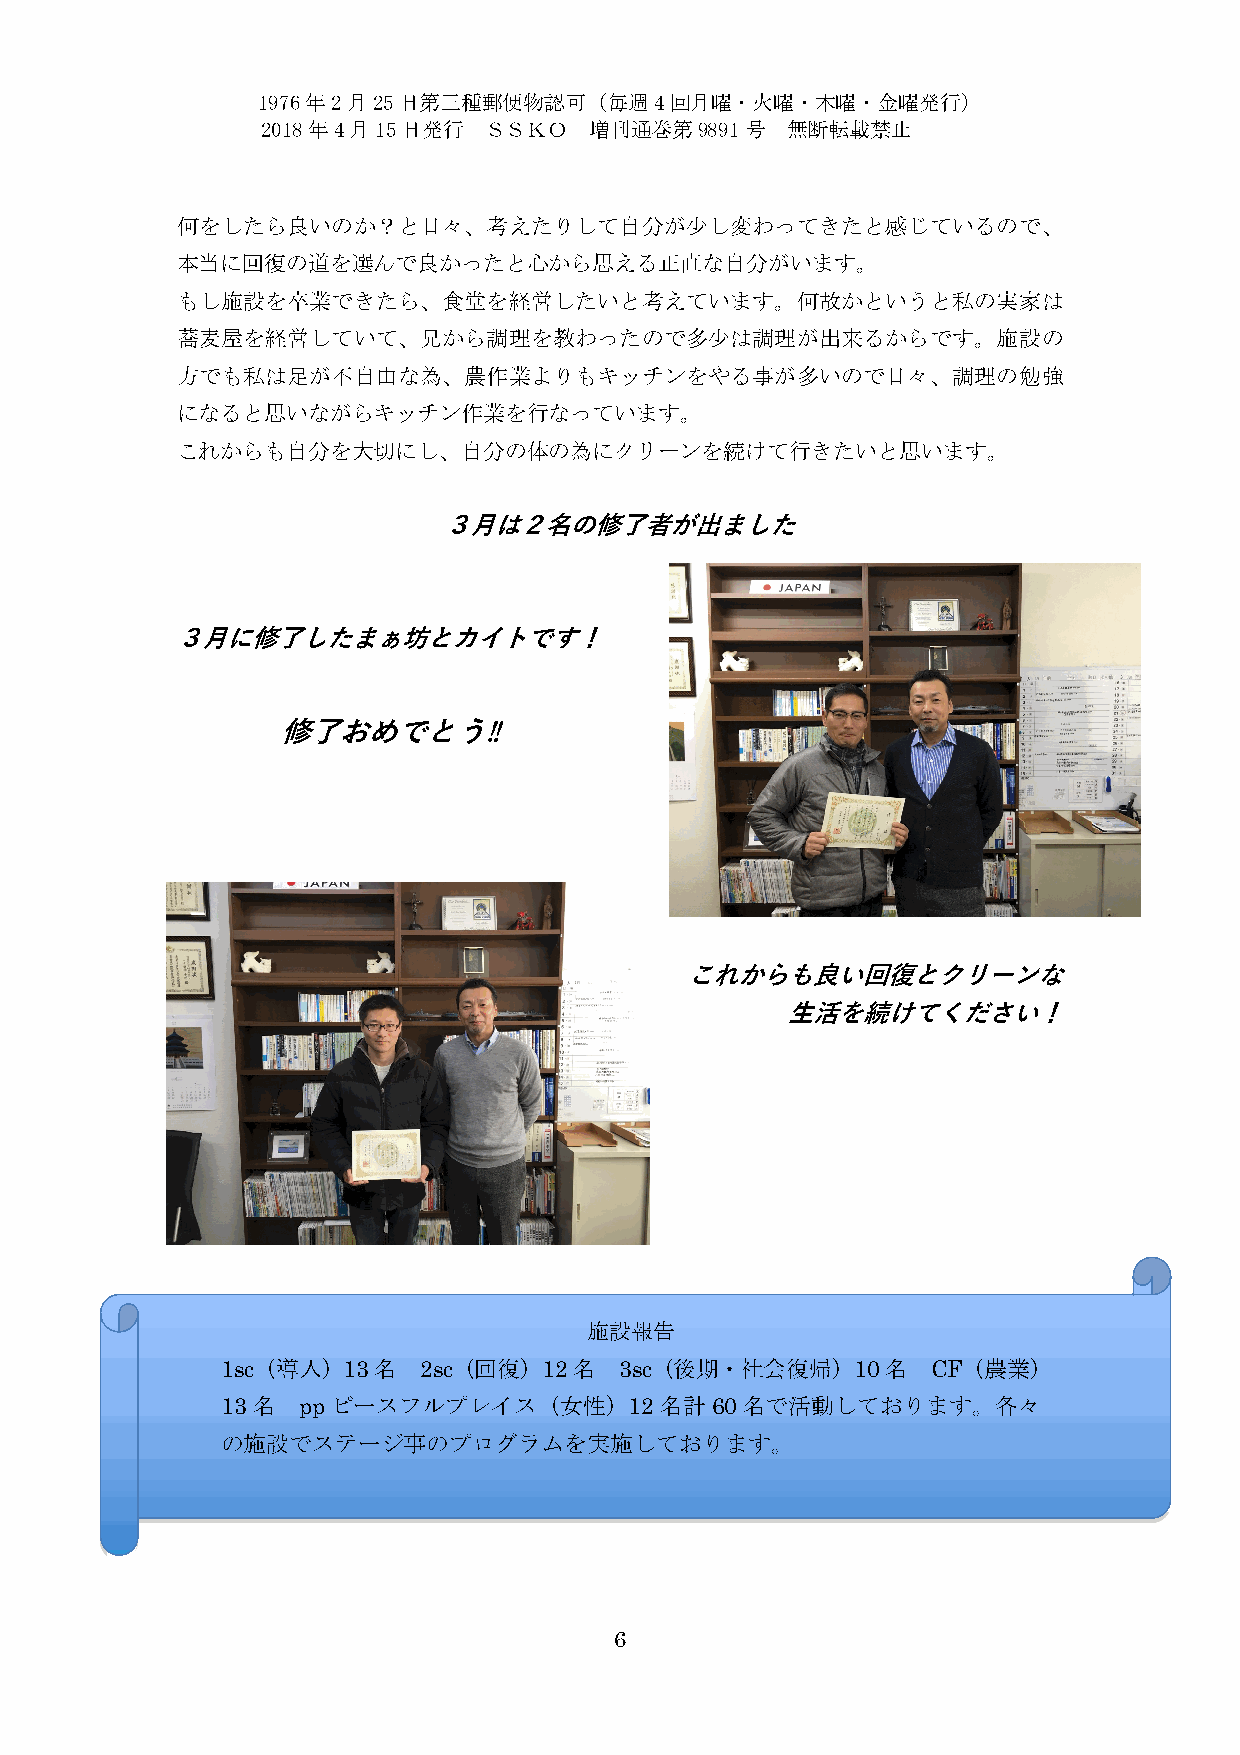
1976年2月25日第三種郵便物認可（毎週4回月曜・火曜・木曜・金曜発行）
 2018年4月15日発行   ＳＳＫＯ   増刊通巻第9891号   無断転載禁止
 何をしたら良いのか？と日々、考えたりして自分が少し変わってきたと感じているので、
 本当に回復の道を選んで良かったと心から思える正直な自分がいます。
 もし施設を卒業できたら、食堂を経営したいと考えています。何故かというと私の実家は
 蕎麦屋を経営していて、兄から調理を教わったので多少は調理が出来るからです。施設の
 方でも私は足が不自由な為、農作業よりもキッチンをやる事が多いので日々、調理の勉強
 になると思いながらキッチン作業を行なっています。
 これからも自分を大切にし、自分の体の為にクリーンを続けて行きたいと思います。
 ３⽉は２名の修了者が出ました
 ３⽉に修了したまぁ坊とカイトです！
 修了おめでとう‼
 これからも良い回復とクリーンな
 ⽣活を続けてください！
 施設報告
 1sc（導入）13名   2sc（回復）12名   3sc（後期・社会復帰）10名      CF（農業）
 13名  ppピースフルプレイス（女性）12名計60名で活動しております。各々
 の施設でステージ事のプログラムを実施しております。
 6